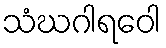
သံဃဂါရဝေါ